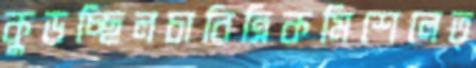
কুড়চ্ছিলচারিত্রিকমিশেলেত্